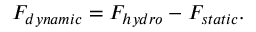
F _ { d y n a m i c } = F _ { h y d r o } - F _ { s t a t i c } .